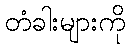
တံခါးများကို